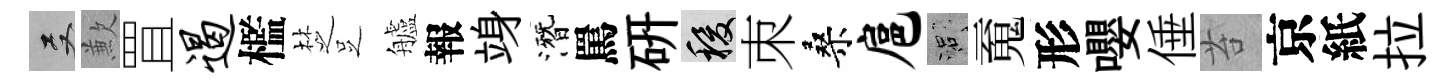
双歉罝遏檻椘𠯁艫報竧潛罵硏稷朿桑扈口䰟形嚶倕苔京紙拉